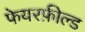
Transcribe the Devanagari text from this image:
फेयरफ़ील्ड